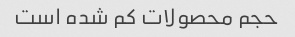
حجم محصولات کم شده است